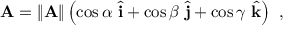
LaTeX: \mathbf { A } = \| \mathbf { A } \| \left( \cos \alpha \ { \hat { \mathbf { i } } } + \cos \beta \ { \hat { \mathbf { j } } } + \cos \gamma \ { \hat { \mathbf { k } } } \right) \ ,